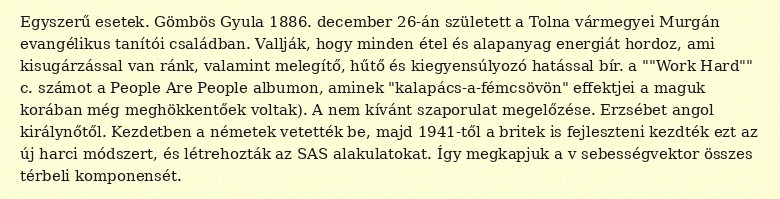
Egyszerű esetek. Gömbös Gyula 1886. december 26-án született a Tolna vármegyei Murgán evangélikus tanítói családban. Vallják, hogy minden étel és alapanyag energiát hordoz, ami kisugárzással van ránk, valamint melegítő, hűtő és kiegyensúlyozó hatással bír. a ""Work Hard"" c. számot a People Are People albumon, aminek "kalapács-a-fémcsövön" effektjei a maguk korában még meghökkentőek voltak). A nem kívánt szaporulat megelőzése. Erzsébet angol királynőtől. Kezdetben a németek vetették be, majd 1941-től a britek is fejleszteni kezdték ezt az új harci módszert, és létrehozták az SAS alakulatokat. Így megkapjuk a v sebességvektor összes térbeli komponensét.